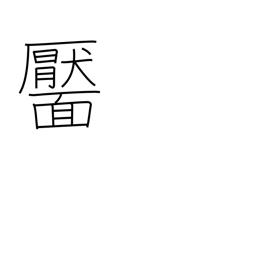
Meaning: dimple